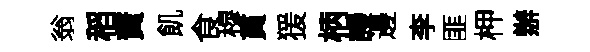
翁稻蕡飢食穆貫猨柄謾邊李匪柙辦